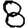
Digit: 8